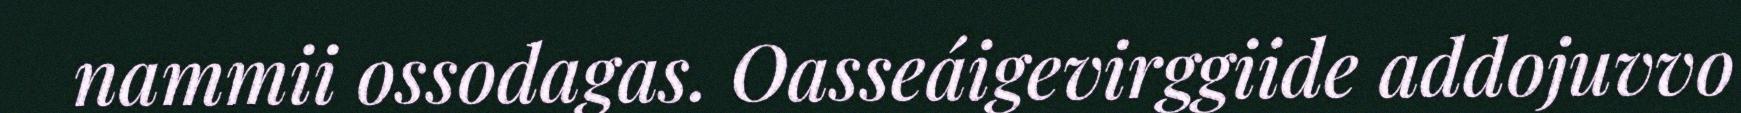
nammii ossodagas. Oasseáigevirggiide addojuvvo